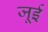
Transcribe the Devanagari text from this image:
जूई